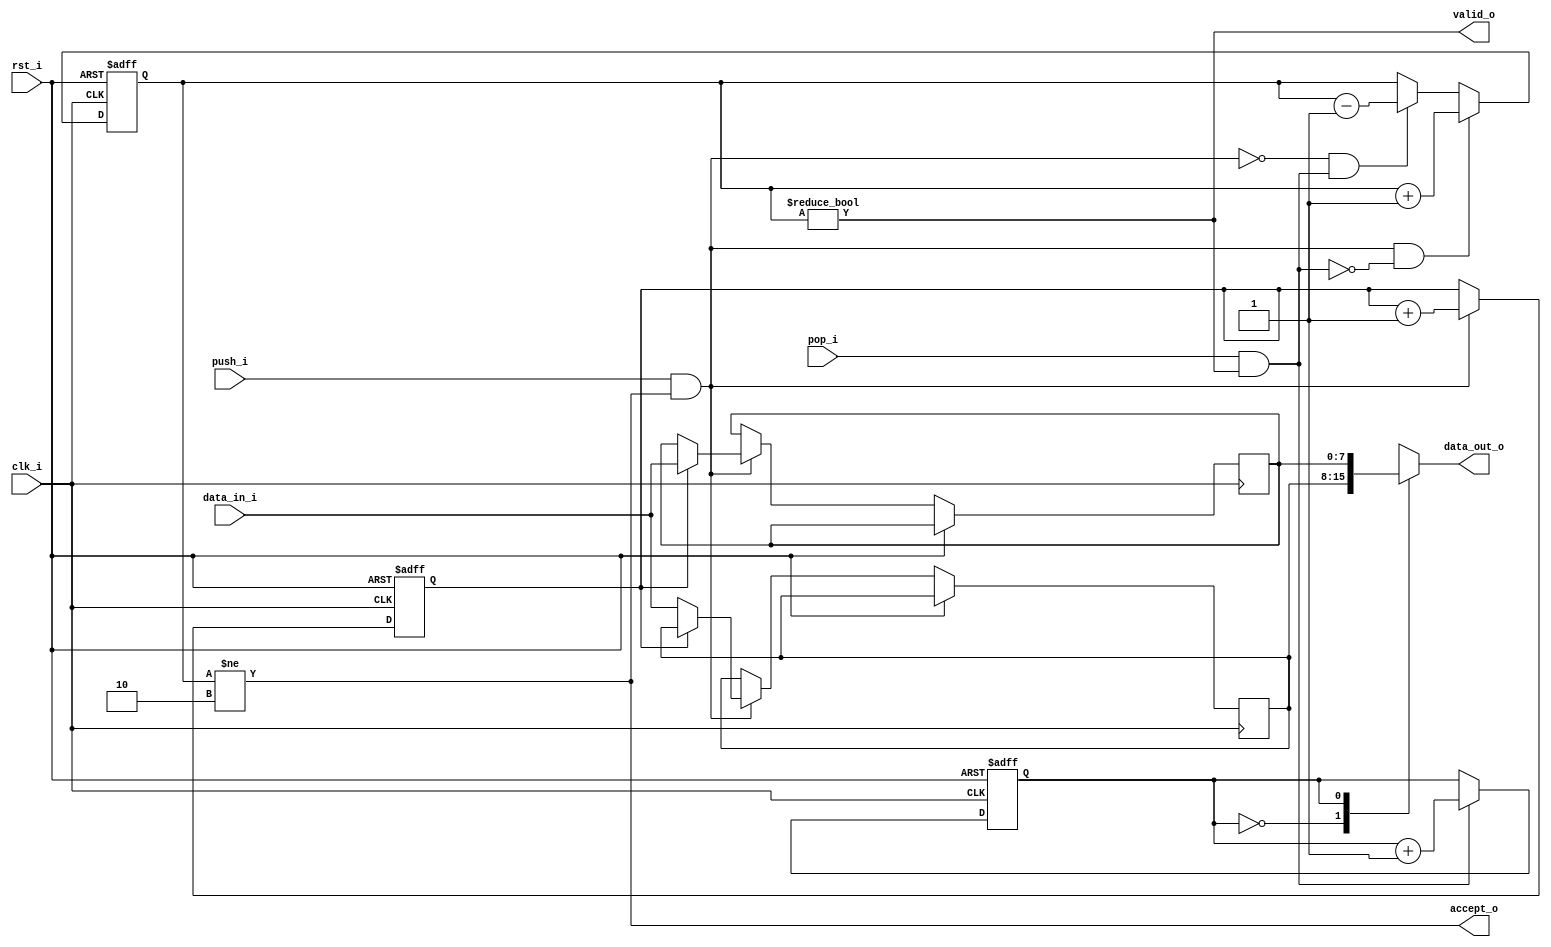
module dport_axi_fifo
#(
    parameter WIDTH   = 8,
    parameter DEPTH   = 2,
    parameter ADDR_W  = 1
)
(
     input               clk_i
    ,input               rst_i
    ,input  [WIDTH-1:0]  data_in_i
    ,input               push_i
    ,input               pop_i
    ,output [WIDTH-1:0]  data_out_o
    ,output              accept_o
    ,output              valid_o
);
localparam COUNT_W = ADDR_W + 1;
reg [WIDTH-1:0]   ram_q[DEPTH-1:0];
reg [ADDR_W-1:0]  rd_ptr_q;
reg [ADDR_W-1:0]  wr_ptr_q;
reg [COUNT_W-1:0] count_q;
always @ (posedge clk_i or posedge rst_i)
if (rst_i)
begin
    count_q   <= {(COUNT_W) {1'b0}};
    rd_ptr_q  <= {(ADDR_W) {1'b0}};
    wr_ptr_q  <= {(ADDR_W) {1'b0}};
end
else
begin
    if (push_i & accept_o)
    begin
        ram_q[wr_ptr_q] <= data_in_i;
        wr_ptr_q        <= wr_ptr_q + 1;
    end
    if (pop_i & valid_o)
        rd_ptr_q      <= rd_ptr_q + 1;
    if ((push_i & accept_o) & ~(pop_i & valid_o))
        count_q <= count_q + 1;
    else if (~(push_i & accept_o) & (pop_i & valid_o))
        count_q <= count_q - 1;
end
assign valid_o       = (count_q != 0);
assign accept_o      = (count_q != DEPTH);
assign data_out_o    = ram_q[rd_ptr_q];
endmodule